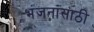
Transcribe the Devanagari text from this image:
भंजनासाठी